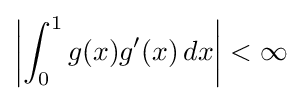
\left|\int _{0}^{1}g(x)g'(x)\,dx\right|<\infty